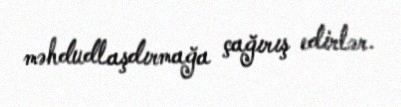
məhdudlaşdırmağa çağırış edirlər.